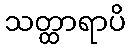
သတ္ထာရာပိ